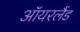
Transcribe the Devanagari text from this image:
ऑयरलैंड